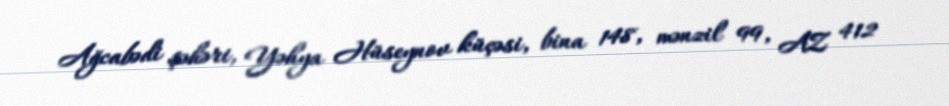
Ağcabədi şəhəri, Yəhya Hüseynov küçəsi, bina 148, mənzil 99, AZ 412